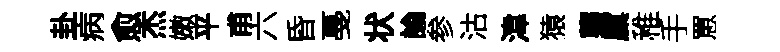
卦一病愈杰嫩平甫六昏戞状論参沽湋猿礱廩稚手罳